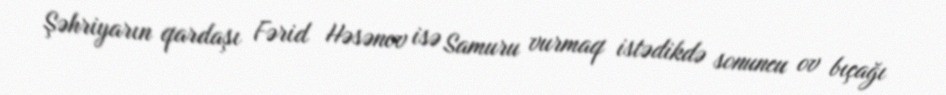
Şəhriyarın qardaşı Fərid Həsənov isə Samuru vurmaq istədikdə sonuncu ov bıçağı